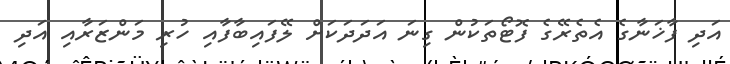
އަދި ފާޚަނާގެ އެތެރޭގެ ފޮޓޯތަކުން ގިނަ އަދަދަކަށް ލޭފައިބާފާއި ހުރި މަންޒަރާއި އަދި